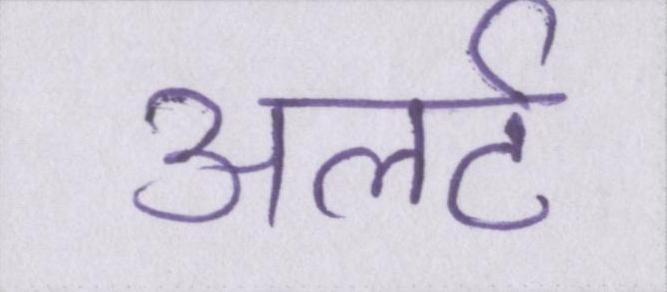
अलर्ट